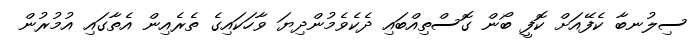
ސިލުނބާ ކެފޭއަށް ކޮފީ ބޯން ގޮސްތިއްބައި ދެކެވެމުންދިޔަ ވާހަކައިގެ ތެރެއިން އެތާގައި އުމުރުން